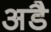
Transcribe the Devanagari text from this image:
अडै